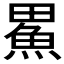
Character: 𪽟